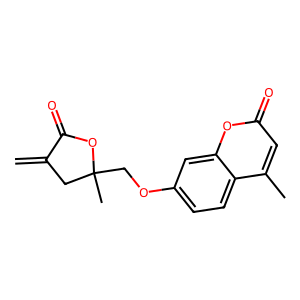
SMILES: C=C1CC(C)(COc2ccc3c(C)cc(=O)oc3c2)OC1=O
Inhibits HIV replication: No